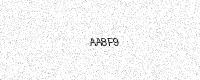
Text: AA8F9